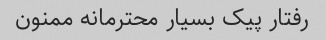
رفتار پیک بسیار محترمانه ممنون